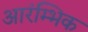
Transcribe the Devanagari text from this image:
आरंम्भिक